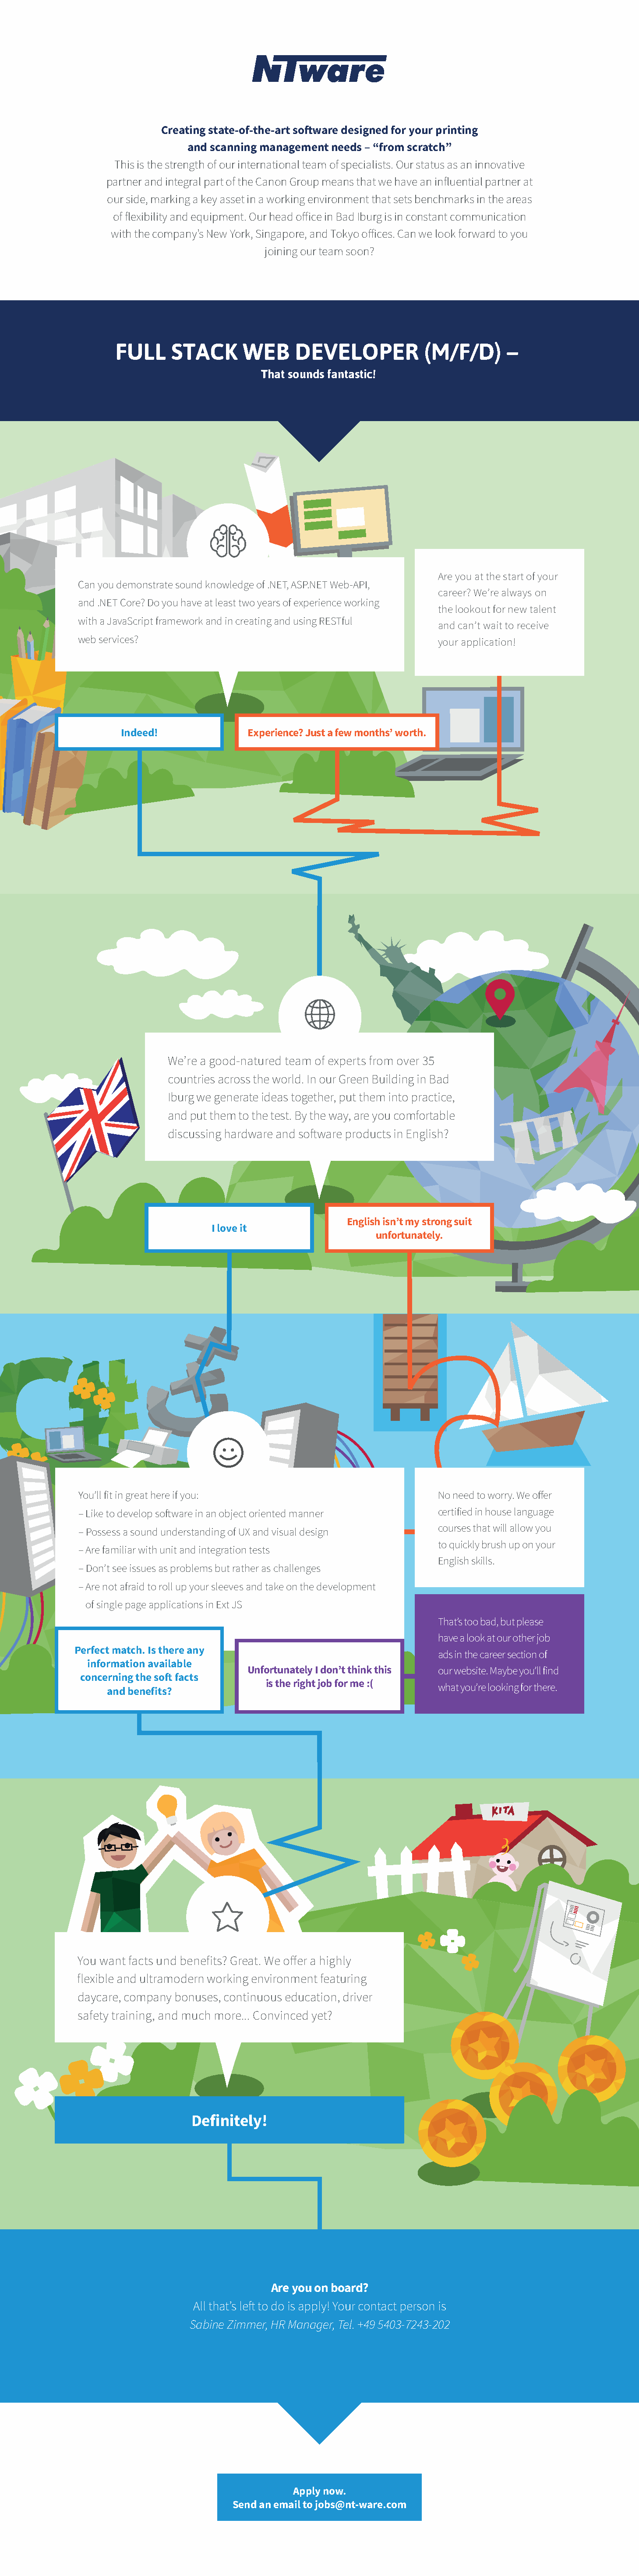
Creating state-of-the-art soft ware designed for your printing
 and scanning m anagement needs – “from scratch”
 This is the strength of our international team of specialists. Our status as an innovative
 partner and integral part of the Canon Group means that we have an influential partner at
 our side, marking a key asset in a working environment that sets benchmarks in the areas
 of flexibility and equipment. Our head off ice in Bad Iburg is in constant communication
 with the company’s New York, Singapore, and Tokyo off ices. Can we look forward to you
 joining our team soon?
 FULL     STACK      WEB     DEVELOPER          (M/F/D)      –
 That sounds fantastic!
 Mach
 Are you at the start of your
 Can you demonstrate sound knowledge of .NET, ASP.NET Web-API,
 career? We’re always on
 and .NET Core? Do you have at least two years of experience working
 the lookout for new talent
 with a JavaScript framework and in creating and using RESTful
 and can’t wait to receive
 web services?                                         your application!
 Indeed!            Experience? Just a few months’ worth.
 We’re a good-natured team of experts from over 35
 countries across the world. In our Green Building in Bad
 Iburg we generate ideas together, put them into practice,
 and put them to the test. By the way, are you comfortable
 discussing hardware and soft ware products in English?
 English isn’t my strong suit
 I love it
 unfortunately.
 You’ll fit in great here if you:                      No need to worry. We off er
 –Like to develop soft ware in an object oriented manner certified in house language
 courses that will allow you
 –Possess a sound understanding of UX and visual design
 to quickly brush up on your
 –Are familiar with unit and integration tests
 English skills.
 –Don’t see issues as problems but rather as challenges
 –Are not afraid to roll up your sleeves and take on the development
 of single page applications in Ext JS
 That’s too bad, but please
 have a look at our other job
 Perfect match. Is there any
 ads in the career section of
 information available
 Unfortunately I don’t think this our website. Maybe you’ll find
 concer ning the soft facts
 is the right job for me :( what you’re looking for there.
 and benefits?
 You want facts und benefits? Great. We off er a highly
 flexible and ultramodern working environment featuring
 daycare, company bonuses, continuous education, driver
 safety training, and much more... Convinced yet?
 Definitely!
 Are you on board?
 All that’s left to do is apply! Your contact person is
 Sabine Zimmer, HR Manager, Tel. +49 5403-7243-202
 Apply now.
 Send an email to jobs@nt-ware.com